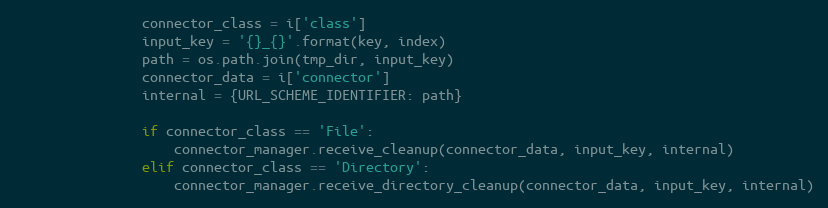
Language: Python
                connector_class = i['class']
                input_key = '{}_{}'.format(key, index)
                path = os.path.join(tmp_dir, input_key)
                connector_data = i['connector']
                internal = {URL_SCHEME_IDENTIFIER: path}

                if connector_class == 'File':
                    connector_manager.receive_cleanup(connector_data, input_key, internal)
                elif connector_class == 'Directory':
                    connector_manager.receive_directory_cleanup(connector_data, input_key, internal)